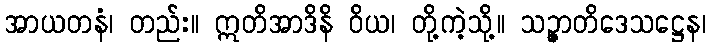
အာယတနံ၊ တည်း။ ဣတိအာဒိနိ ဝိယ၊ တို့ကဲ့သို့။ သဉ္ဇာတိဒေသဋ္ဌေန၊